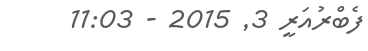
ފެބްރުއަރީ 3